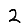
Digit: 2